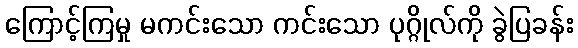
ကြောင့်ကြမှု မကင်းသော ကင်းသော ပုဂ္ဂိုလ်ကို ခွဲပြခန်း